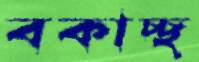
বকাচ্ছ